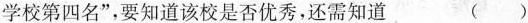
学校第四名”，要知道该校是否优秀，还需知道 ( )